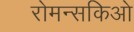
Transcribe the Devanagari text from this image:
रोमन्सकिओ